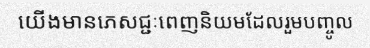
យើងមានភេសជ្ជៈពេញនិយមដែលរួមបញ្ចូល